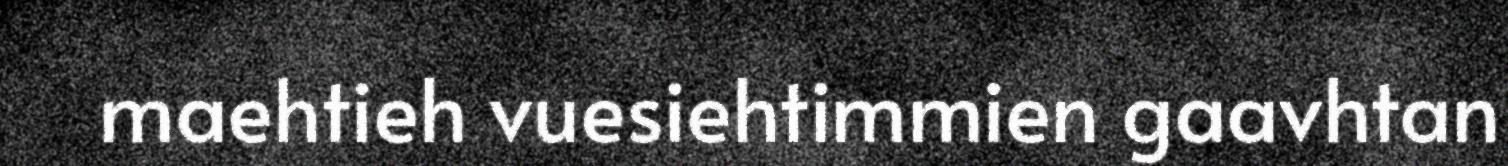
maehtieh vuesiehtimmien gaavhtan